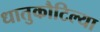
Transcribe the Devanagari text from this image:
धातुकौटिल्या